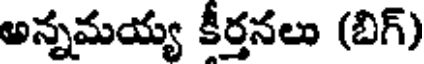
అన్నమయ్య కీర్తనలు (బిగ్)